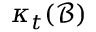
\ \kappa _ { t } ( { \mathcal { B } } )